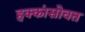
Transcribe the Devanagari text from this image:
हक्कांसोबत